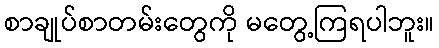
စာချုပ်စာတမ်းတွေကို မတွေ့ကြရပါဘူး။